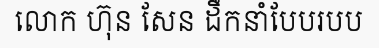
លោក ហ៊ុន សែន ដឹកនាំបែបរបប